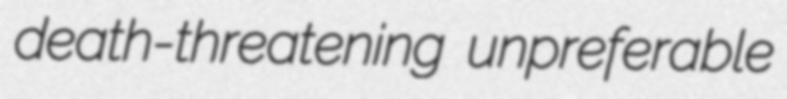
death-threatening unpreferable